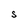
Character: S